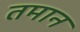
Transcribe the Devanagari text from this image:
तमान